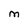
Character: M